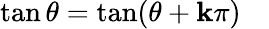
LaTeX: \tan\theta=\tan(\theta+\mathbf{k}\pi)\quad